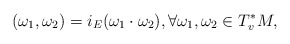
\begin{align*}(\omega_1, \omega_2)=i_E (\omega_1\cdot \omega_2),\forall \omega_1, \omega_2\in T^*_vM,\end{align*}